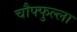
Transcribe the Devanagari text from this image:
चौफ्फुल्ला